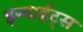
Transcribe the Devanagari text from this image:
इन्वाईट्स